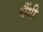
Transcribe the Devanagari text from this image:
चैंगी